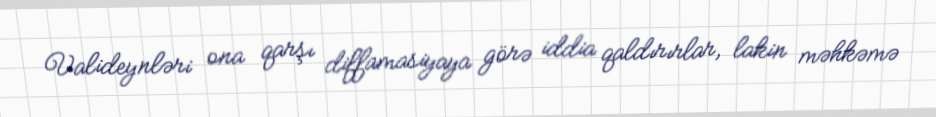
Valideynləri ona qarşı diffamasiyaya görə iddia qaldırırlar, lakin məhkəmə